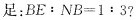
足：$$B E ： N B = 1 : 3$$?